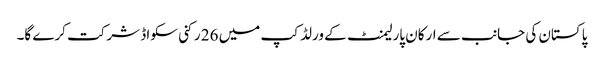
پاکستان کی جانب سے ارکان پارلیمنٹ کے ورلڈ کپ میں 26 رکنی سکواڈ شرکت کرے گا۔